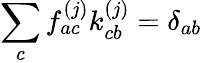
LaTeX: \sum_{c}\mathcal{f}_{ac}^{(j)}\mathcal{k}_{cb}^{(j)}=\delta_{ab}